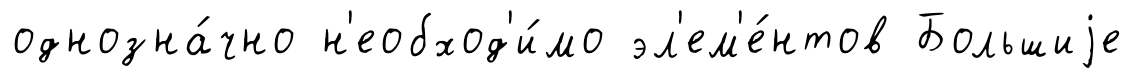
однозна́чно н'еобход'и́мо эл'ем'е́нтов Большиjе